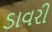
ડાવરી